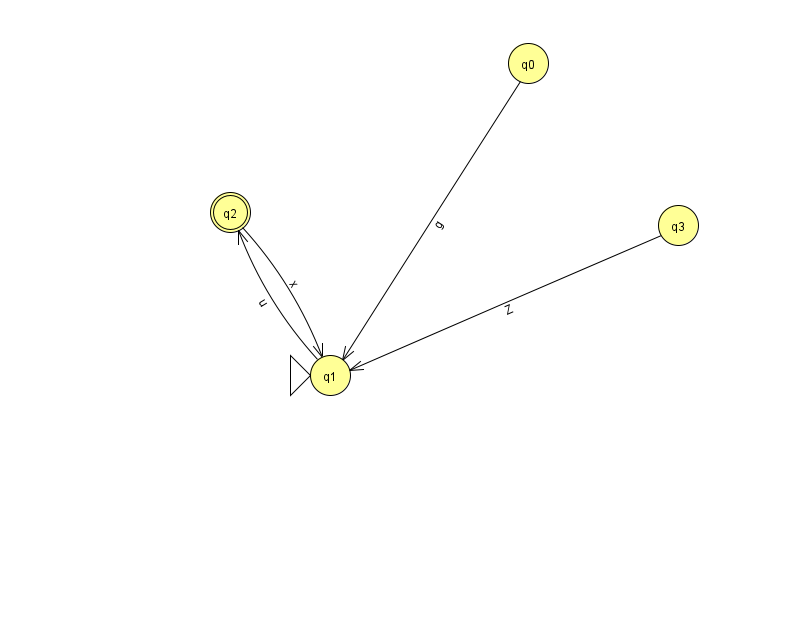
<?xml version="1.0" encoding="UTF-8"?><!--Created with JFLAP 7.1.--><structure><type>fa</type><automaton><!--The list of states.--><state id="0" name="q0"><x>528.0</x><y>50.0</y></state><state id="1" name="q1"><x>330.0</x><y>362.0</y><initial/></state><state id="2" name="q2"><x>230.0</x><y>199.0</y><final/></state><state id="3" name="q3"><x>678.0</x><y>212.0</y></state><!--The list of transitions.--><transition><from>2</from><to>1</to><read>x</read></transition><transition><from>0</from><to>1</to><read>g</read></transition><transition><from>1</from><to>2</to><read>u</read></transition><transition><from>3</from><to>1</to><read>Z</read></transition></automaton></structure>